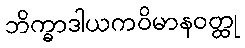
ဘိက္ခာဒါယကဝိမာနဝတ္ထု